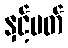
နှင့်ပတ်